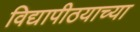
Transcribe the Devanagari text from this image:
विद्यापीठयाच्या